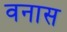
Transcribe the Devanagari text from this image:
वनास